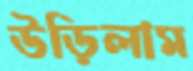
উড়িলাম